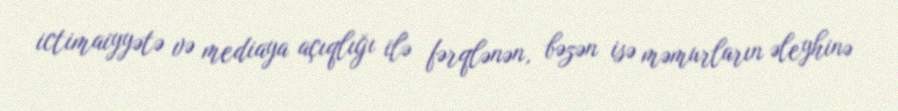
ictimaiyyətə və mediaya açıqlığı ilə fərqlənən, bəzən isə məmurların əleyhinə